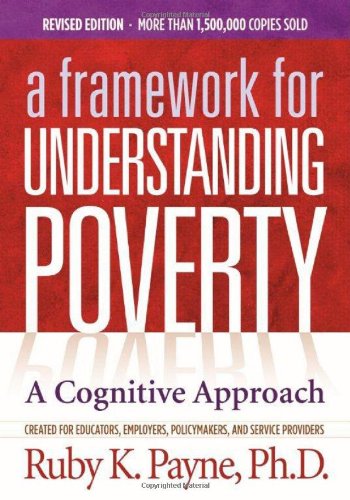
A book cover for A Framework for Understanding Poverty; A Cognitive Approach; Ruby K. Payne; Business & Money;